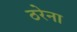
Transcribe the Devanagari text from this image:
ठरेना